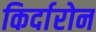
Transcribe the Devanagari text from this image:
किर्दारोन